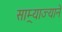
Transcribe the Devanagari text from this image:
साम्र्याज्याने